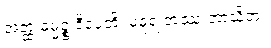
အတ္ထံ ဓမ္မဉ္စ ဒီပေတိ၊ မဓုရံ တဿ ဘာသိတံ။